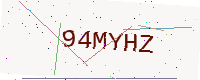
Text: 94MYHZ